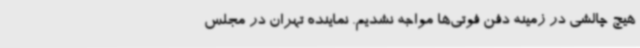
هیچ چالشی در زمینه دفن فوتی‌ها مواجه نشدیم. نماینده تهران در مجلس